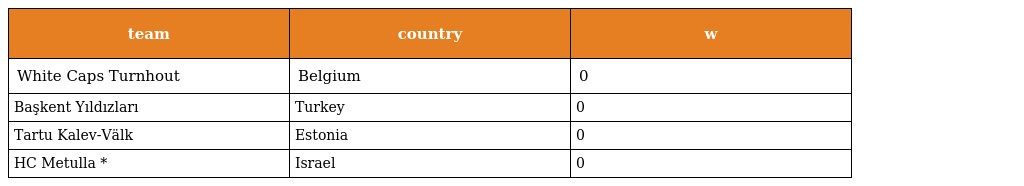
| team | country | w |
 | --- | --- | --- |
 | White Caps Turnhout | Belgium | 0 |
 | Başkent Yıldızları | Turkey | 0 |
 | Tartu Kalev-Välk | Estonia | 0 |
 | HC Metulla * | Israel | 0 |